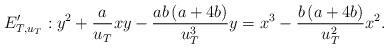
LaTeX: \begin{align*}E_{T,u_{T}}^{\prime}:y^{2}+\frac{a}{u_{T}}xy-\frac{ab\left( a+4b\right)}{u_{T}^{3}}y=x^{3}-\frac{b\left( a+4b\right) }{u_{T}^{2}}x^{2}.\end{align*}